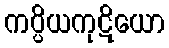
ကပ္ပိယကုဋိယော